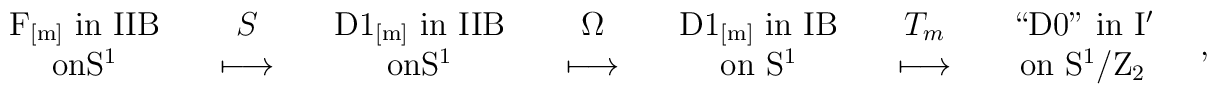
{\begin{array}{c} {\rm F_{[m]} ~ in ~ IIB} \\ {\rm on S^1} \\ \end{array}} \quad {\begin{array}{c} S \\ \longmapsto \\ \end{array}} \quad{\begin{array}{c} {\rm D1_{[m]} ~ in~ IIB } \\ {\rm on S^1} \\ \end{array}} \quad {\begin{array}{c} \Omega \\ \longmapsto \\ \end{array}} \quad{\begin{array}{c} {\rm D1_{[m]} ~ in ~ IB} \\  {\rm on ~ S^1 } \\ \end{array}} \quad {\begin{array}{c} T_{m} \\ \longmapsto \\ \end{array}} \quad{\begin{array}{c}  {\rm \lq\lq D0" ~ in ~ I^{\prime} } \\ {\rm on ~ S^{1}/Z_2} \\ \end{array}} \quad ,